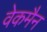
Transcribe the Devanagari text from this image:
वेकमैन